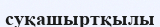
суқашыртқылы